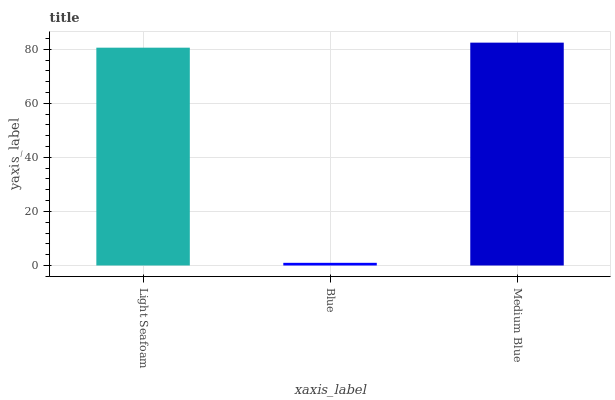
| xaxis_label | bars |
 | --- | --- |
 | Light Seafoam | 80.6 |
 | Blue | 0.986 |
 | Medium Blue | 82.4 |